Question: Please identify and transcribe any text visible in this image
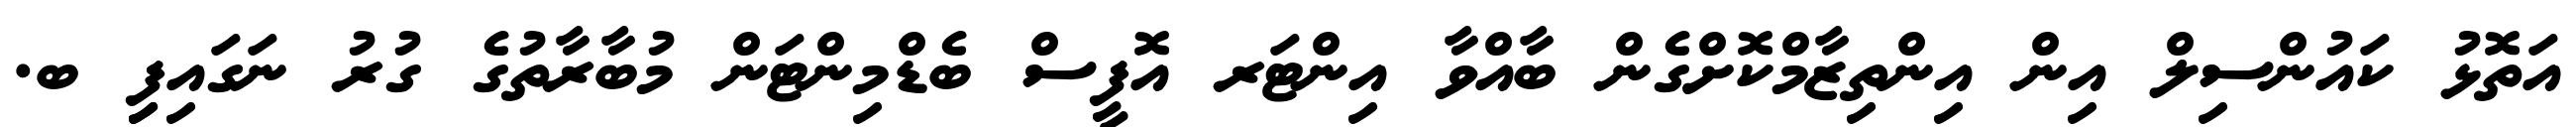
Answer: އަތޮޅު ކައުންސިލް އިން އިންތިޒާމްކޮށްގެން ބާއްވާ އިންޓަރ އޮފީސް ބެޑްމިންޓަން މުބާރާތުގެ ގުރު ނަގައިފިި ބ.